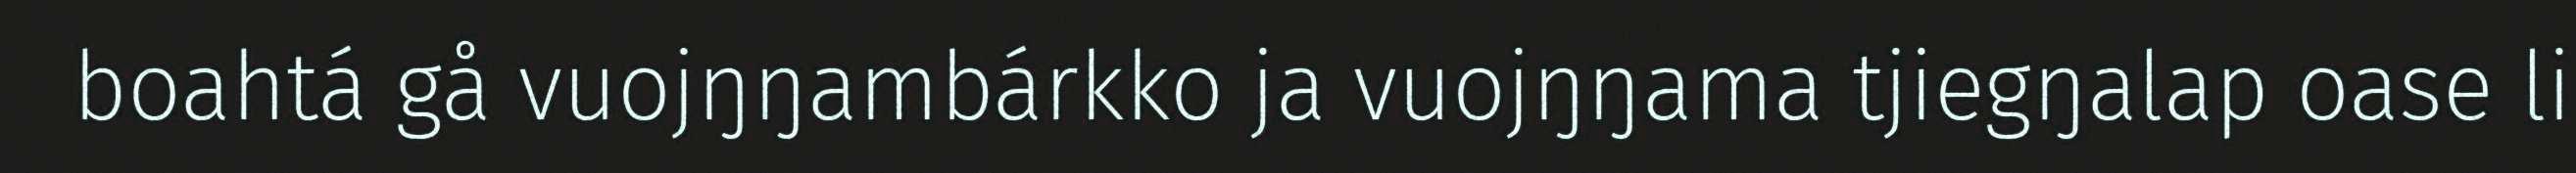
boahtá gå vuojŋŋambárkko ja vuojŋŋama tjiegŋalap oase li